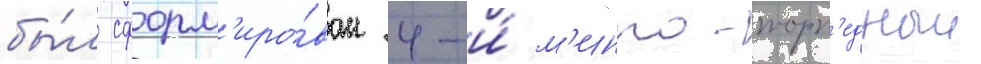
бы́л сформ'иро́ван 4-и́ м'инно-торп'едныи